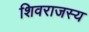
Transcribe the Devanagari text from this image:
शिवराजस्य